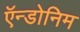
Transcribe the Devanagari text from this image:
ऍन्डोनिम